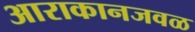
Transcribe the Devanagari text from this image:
आराकानजवळ